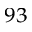
^ { 9 3 }